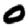
Digit: 0